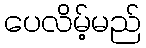
ပေလိမ့်မည်